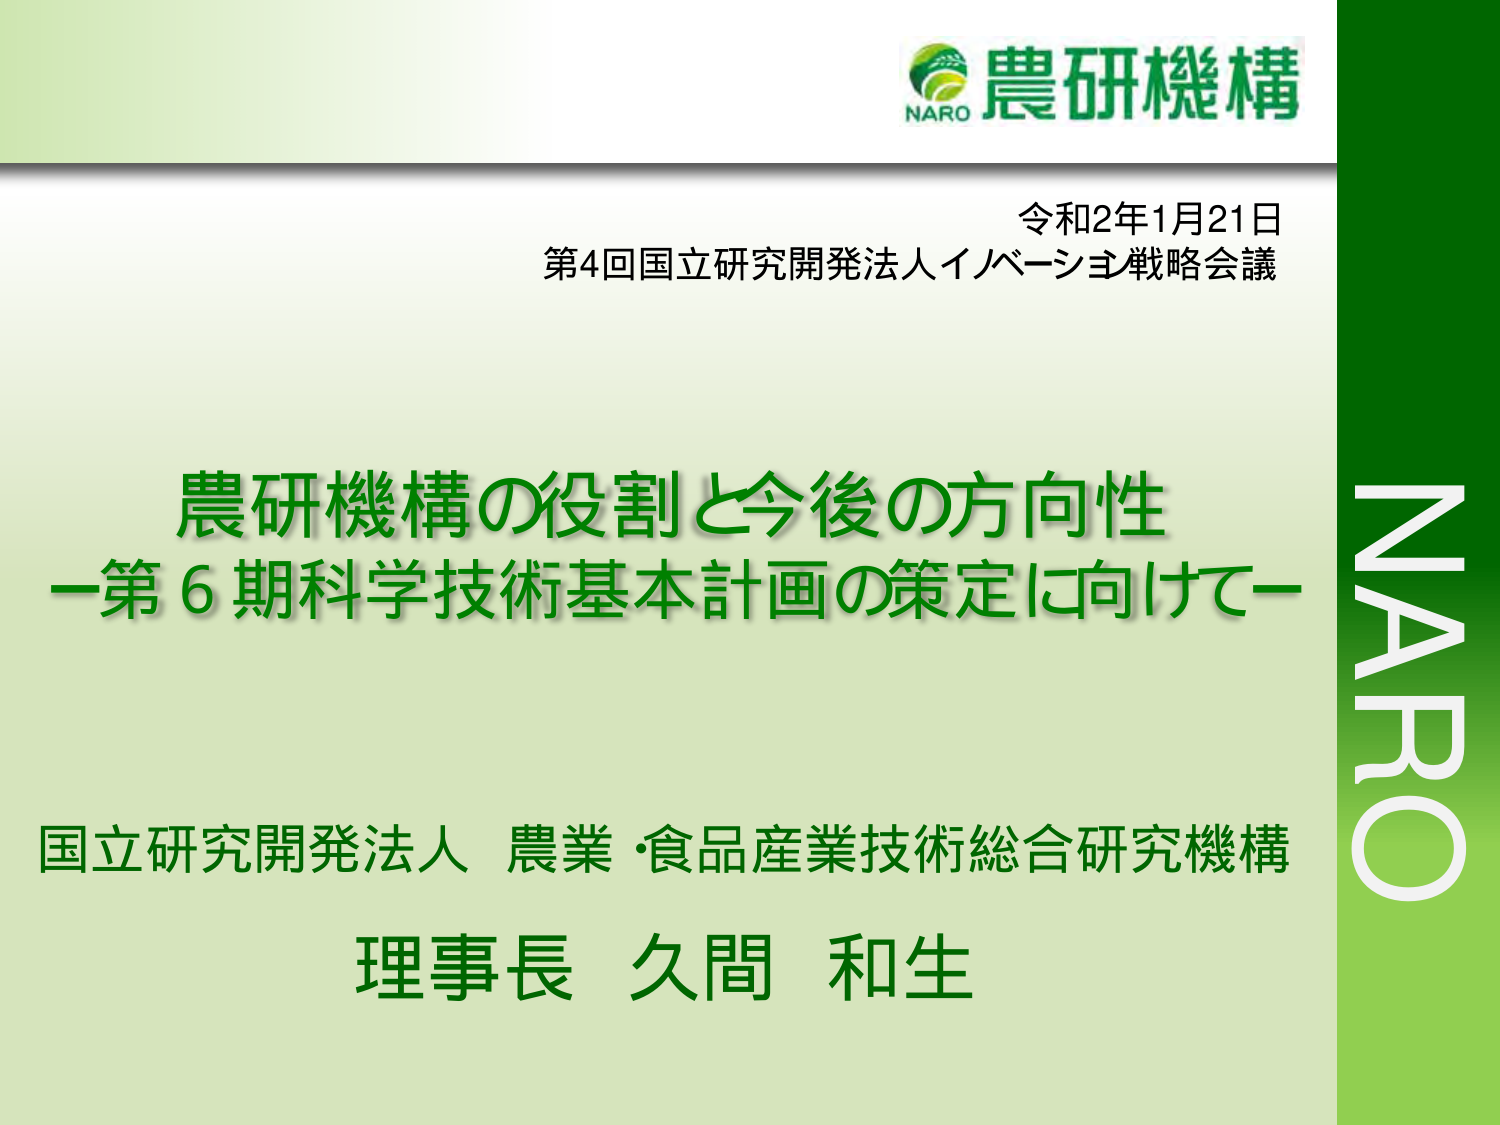
NARO 農研機構
令和2年1月21日
第4回国立研究開発法人イノベーション戦略会議
農研機構の役割と今後の方向性
－第6期科学技術基本計画の策定に向けて－
国立研究開発法人 農業・食品産業技術総合研究機構
理事長 久間 和生
NARO